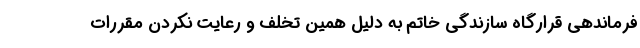
فرماندهی قرارگاه سازندگی خاتم به دلیل همین تخلف و رعایت نکردن مقررات